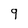
Character: 9